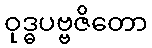
ဝုဒ္ဓပဗ္ဗဇိတော